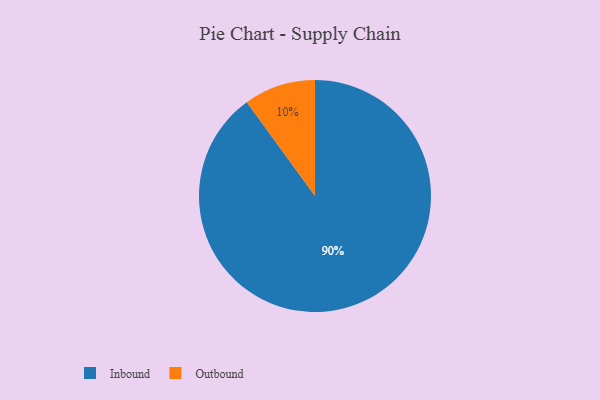
{"axis": {"x": "Category", "y": "Percentage"}, "legend": ["Inbound", "Outbound"], "data": [{"x": "Outbound", "y": 10, "type": "Outbound"}, {"x": "Inbound", "y": 90, "type": "Inbound"}]}